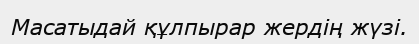
Масатыдай құлпырар жердің жүзі.